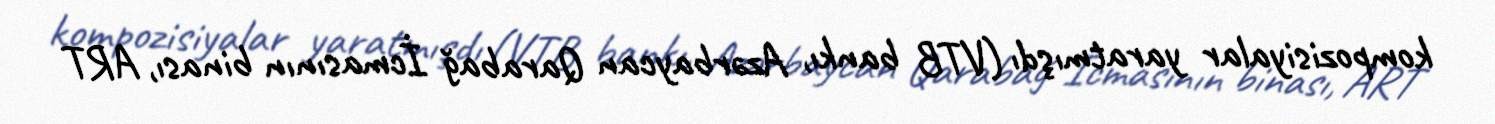
kompozisiyalar yaratmışdı (VTB bankı, Azərbaycan Qarabağ İcmasının binası, ART